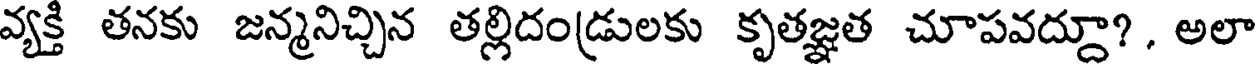
వ్యక్తి తనకు జన్మనిచ్చిన తల్లిదండ్రులకు కృతజ్ఞత చూపవద్దూ? , అలా